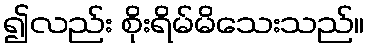
၍လည်း စိုးရိမ်မိသေးသည်။